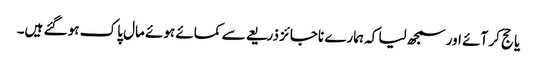
یا حج کر آئے اور سمجھ لیا کہ ہمارے ناجائز ذریعے سے کمائے ہوئے مال پاک ہو گئے ہیں۔